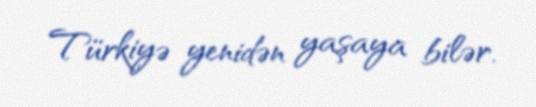
Türkiyə yenidən yaşaya bilər.